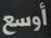
أوسع